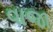
વાજા